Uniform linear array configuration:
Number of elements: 64
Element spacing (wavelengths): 0.5
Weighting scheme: hann
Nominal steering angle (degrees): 45
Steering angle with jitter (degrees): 43.719
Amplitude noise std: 0.05
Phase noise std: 0.05

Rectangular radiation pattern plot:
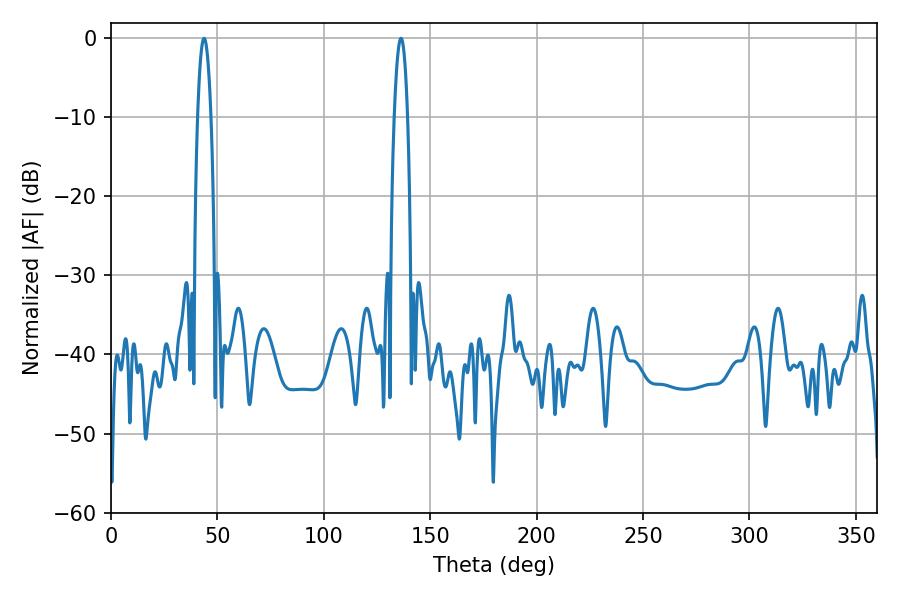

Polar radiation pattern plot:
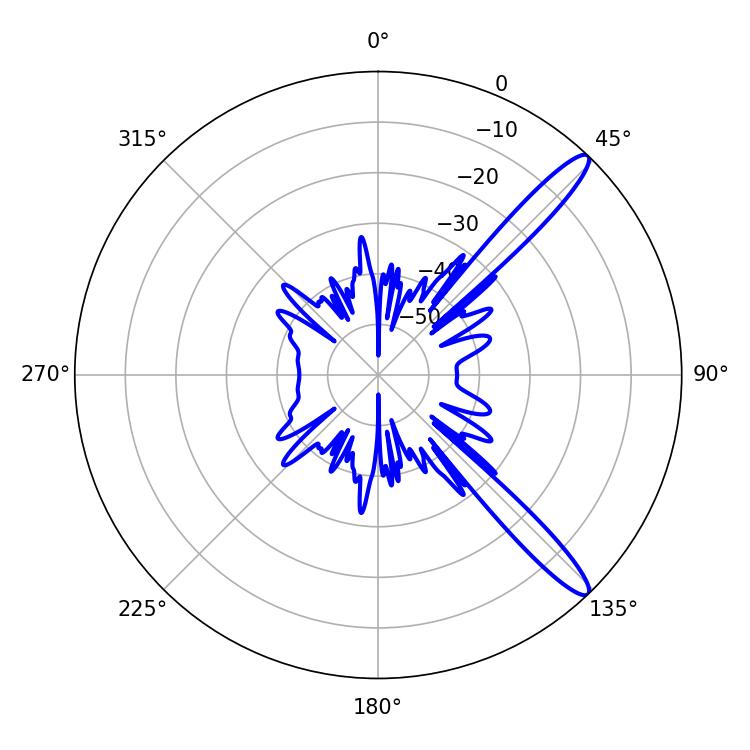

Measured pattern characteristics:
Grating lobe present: FALSE
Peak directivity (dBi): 13.428
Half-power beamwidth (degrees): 3.42
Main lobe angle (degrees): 43.74